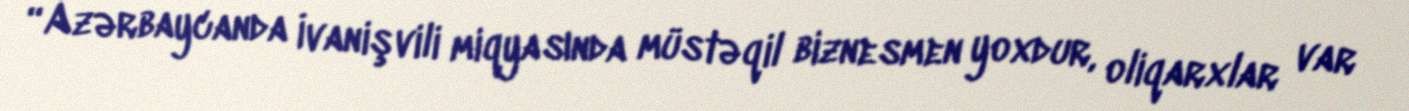
“Azərbaycanda İvanişvili miqyasında müstəqil biznesmen yoxdur, oliqarxlar var